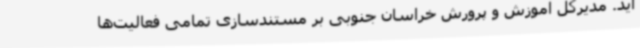
آید. مدیرکل آموزش و پرورش خراسان جنوبی بر مستندسازی تمامی فعالیت‌ها